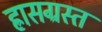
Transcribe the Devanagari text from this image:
ह्रासग्रस्त